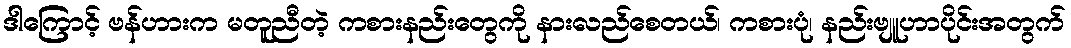
ဒါကြောင့် ဗန်ဟားက မတူညီတဲ့ ကစားနည်းတွေကို နားလည်စေတယ်၊ ကစားပုံ၊ နည်းဗျူဟာပိုင်းအတွက်